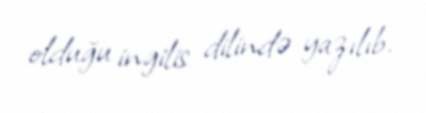
olduğu ingilis dilində yazılıb.